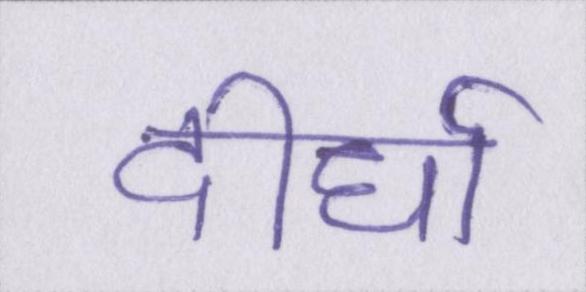
दीर्घा